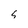
Character: s